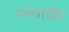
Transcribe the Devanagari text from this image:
ल्यवायॉर